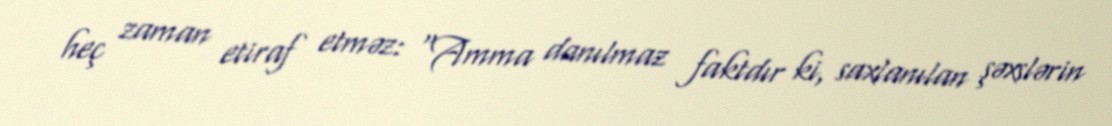
heç zaman etiraf etməz: “Amma danılmaz faktdır ki, saxlanılan şəxslərin